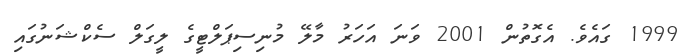
1999 ގައެވެ. އެގޮތުން 2001 ވަނަ އަހަރު މާލޭ މުނިސިޕަލްޓީގެ ލީގަލް ސެކްޝަނުގައި